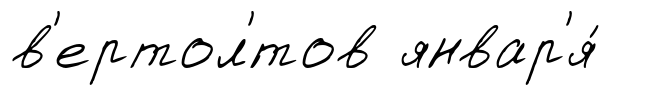
в'ертол'́тов январ'я́